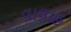
વાલાહ